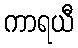
ကာရယီ